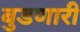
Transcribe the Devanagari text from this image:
बुडणारी